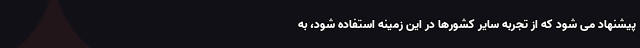
پیشنهاد می شود که از تجربه سایر کشورها در این زمینه استفاده شود، به